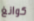
كوانغ